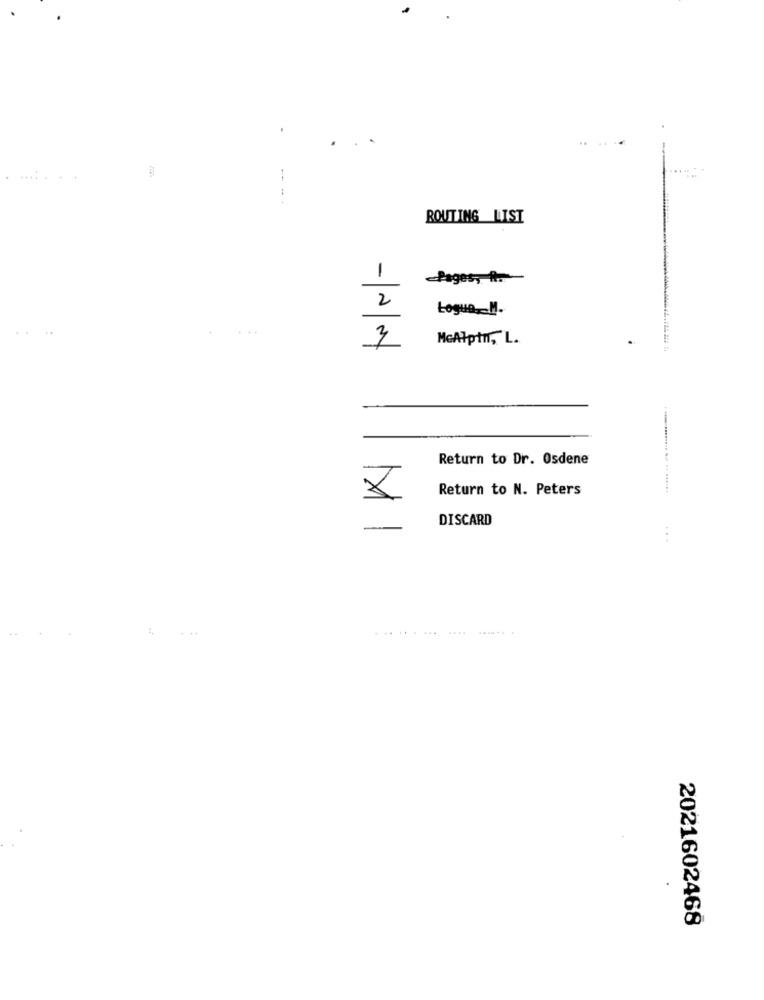
---
ROUTING LIST
1
Pages, f.
2
Logue .- M.
3
MeAlpin, L.
Return to Dr. Osdene
Return to N. Peters
DISCARD
...
...
2021602468